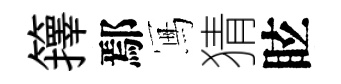
籜鄢冩猜眩